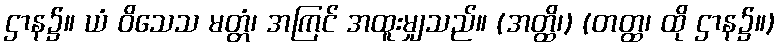
ဌာန၌။ ယံ ဝိသေသ မတ္တံ၊ အကြင် အထူးမျှသည်။ (အတ္ထိ၊) (တတ္ထ၊ ထို ဌာန၌။)